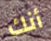
أنك